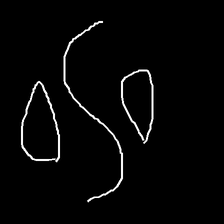
Glyph: water